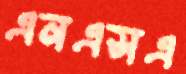
এনএসএ